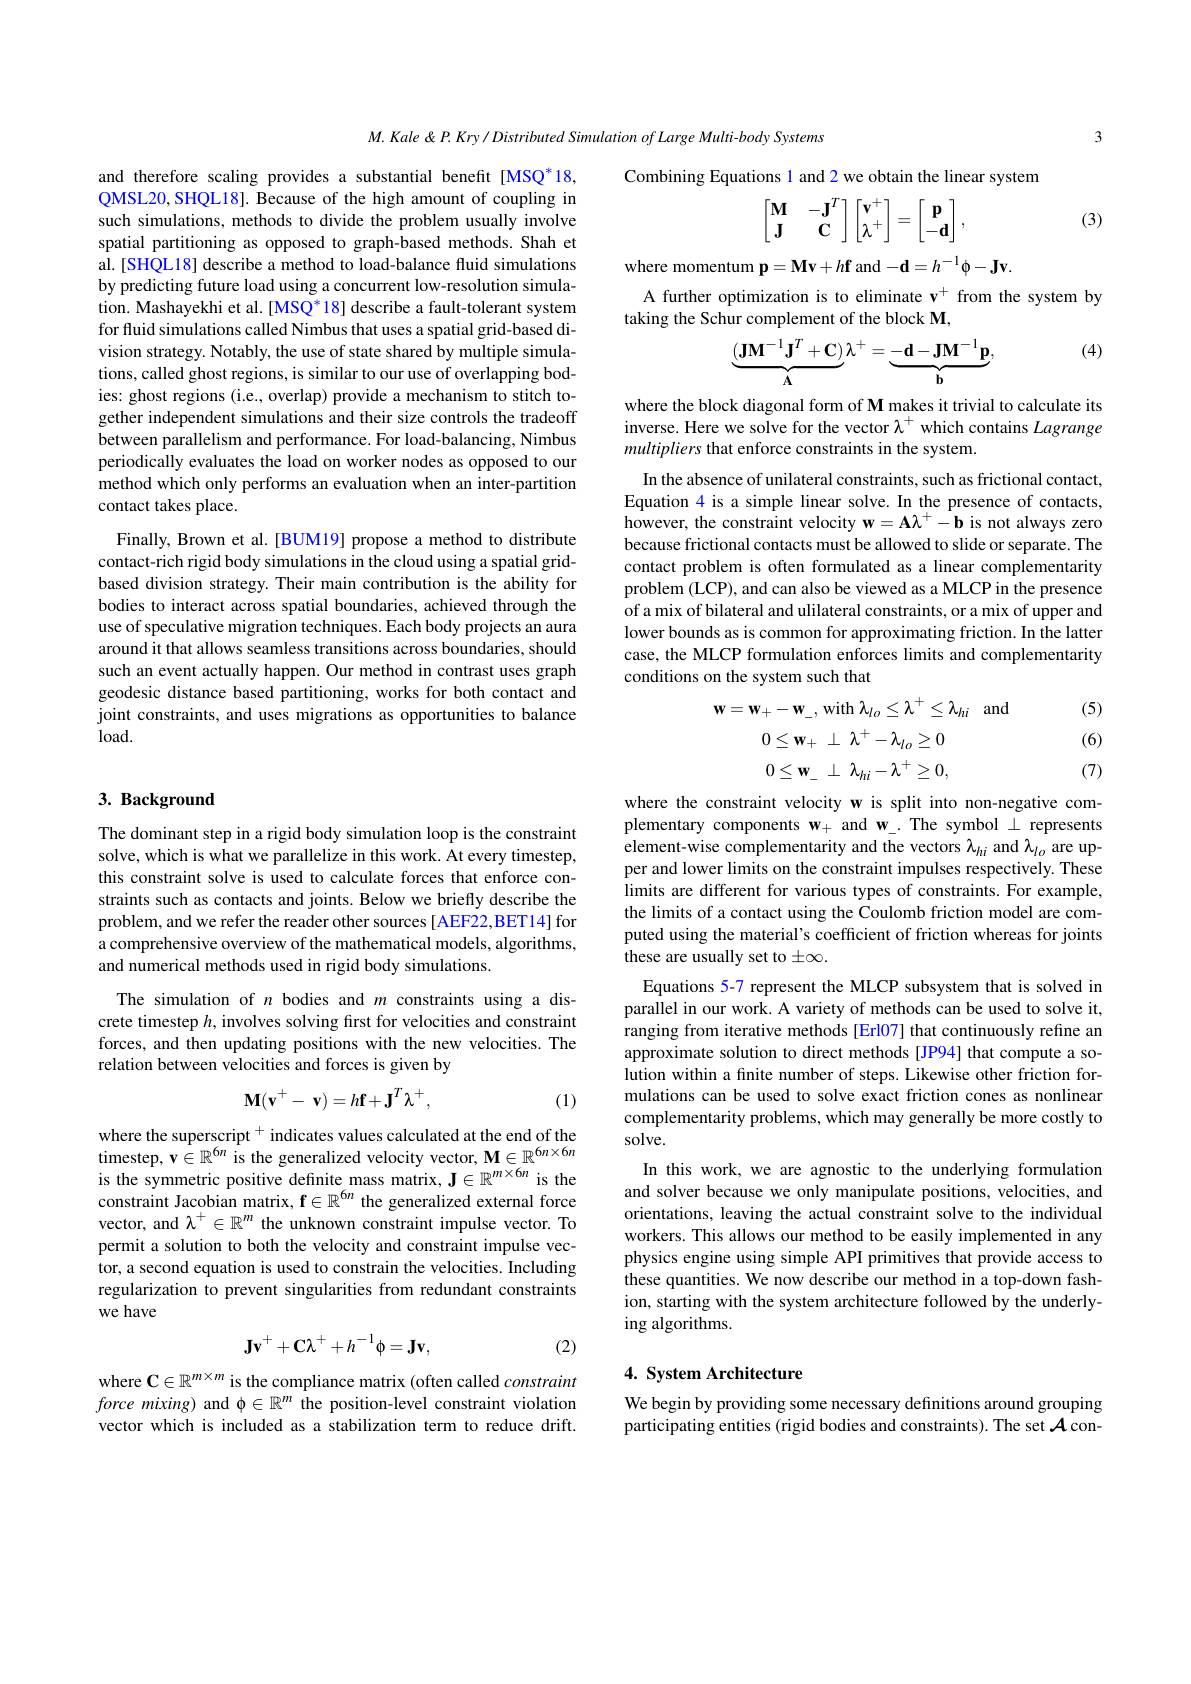
3

$M.Kale\&P.Kry/DistributedSimulationofLargeMulti-bodySystems$

Combining Equations 1 and 2 we obtain the linear system

(3)
$$\begin{bmatrix}\mathbf{M}&-\mathbf{J}^T\\\mathbf{J}&\mathbf{C}\end{bmatrix}\begin{bmatrix}\mathbf{v}^+\\\lambda^+\end{bmatrix}=\begin{bmatrix}\mathbf{p}\\-\mathbf{d}\end{bmatrix},$$
where momentum $\mathbf{p}=\mathbf{Mv}+h\mathbf{f}$ and $-\mathbf{d}=h^-1\phi-\mathbf{Jv}.$
A further optimization is to eliminate v$^{+}$ from the system by
taking the Schur complement of the block M,

and therefore scaling provides a substantial benefit[MSQ*18, QMSL20, SHQL18]. Because of the high amount of coupling in such simulations, methods to divide the problem usually involve spatial partitioning as opposed to graph-based methods. Shah et al. [SHQL18] describe a method to load-balance fluid simulations by predicting future load using a concurrent low-resolution simulation. Mashayekhi et al. [MSQ* 18] describe a fault-tolerant system for fluid simulations called Nimbus that uses a spatial grid-based division strategy. Notably, the use of state shared by multiple simulations, called ghost regions, is similar to our use of overlapping bodies: ghost regions (i.e., overlap) provide a mechanism to stitch together independent simulations and their size controls the tradeoff between parallelism and performance. For load-balancing, Nimbus periodically evaluates the load on worker nodes as opposed to our method which only performs an evaluation when an inter-partition contact takes place.

(4)
$$\underbrace{(\mathbf{JM}^{-1}\mathbf{J}^T+\mathbf{C})}_{\mathbf{A}}\lambda^+=\underbrace{-\mathbf{d}-\mathbf{JM}^{-1}\mathbf{p}}_{\mathbf{b}},$$
where the block diagonal form of M makes it trivial to calculate its inverse. Here we solve for the vector $\lambda^+$ which contains Lagrange multipliers that enforce constraints in the system.

In the absence of unilateral constraints, such as frictional contact, Equation 4 is a simple linear solve. In the presence of contacts, $\dot{\text{however, the constraint velocity }} \mathbf{w} = \mathbf{A} \mathbf{\lambda } ^{+ }- \mathbf{b}$ is not always zero because frictional contacts must be allowed to slide or separate. The contact problem is often formulated as a linear complementarity problem (LCP), and can also be viewed as a MLCP in the presence of a mix of bilateral and ulilateral constraints, or a mix of upper and lower bounds as is common for approximating friction. In the latter case, the MLCP formulation enforces limits and complementarity conditions on the system such that

Finally, Brown et al.[BUM19] propose a method to distribute contact-rich rigid body simulations in the cloud using a spatial gridbased division strategy. Their main contribution is the ability for bodies to interact across spatial boundaries, achieved through the use of speculative migration techniques. Each body projects an aura around it that allows seamless transitions across boundaries, should such an event actually happen. Our method in contrast uses graph geodesic distance based partitioning, works for both contact and joint constraints, and uses migrations as opportunities to balance $load.$

(5)

(6)
$$\mathbf{w}=\mathbf{w}_{+}-\mathbf{w}_{-},\:\mathrm{with}\:\lambda_{lo}\leq\lambda^{+}\leq\lambda_{hi}\\0\leq\mathbf{w}_{+}\perp\lambda^{+}-\lambda_{lo}\geq0\\0\leq\mathbf{w}_{-}\perp\lambda_{hi}-\lambda^{+}\geq0,$$
# 3. Background

The dominant step in a rigid body simulation loop is the constraint solve, which is what we parallelize in this work. At every timestep, this constraint solve is used to calculate forces that enforce constraints such as contacts and joints. Below we briefly describe the problem, and we refer the reader other sources [AEF22,BET14] for a comprehensive overview of the mathematical models, algorithms, and numerical methods used in rigid body simulations.

The simulation of $n$ bodies and $m$ constraints using a discrete timestep $h$, involves solving first for velocities and constraint forces, and then updating positions with the new velocities. The relation between velocities and forces is given by

(7)
where the constraint velocity w is split into non-negative complementary components $\mathbf{w}_+$ and w\_.The symbol $\bot$ represents element-wise complementarity and the vectors $\lambda_{hi}$ and $\lambda_{lo}$ are upper and lower limits on the constraint impulses respectively. These limits are different for various types of constraints. For example, the limits of a contact using the Coulomb friction model are computed using the material's coefficient of friction whereas for joints these are usually set to $\pm\infty.$
Equations 5-7 represent the MLCP subsystem that is solved in parallel in our work. A variety of methods can be used to solve it, ranging from iterative methods [Erl07] that continuously refine an approximate solution to direct methods [JP94] that compute a solution within a fnite number of steps. Likewise other friction formulations can be used to solve exact friction cones as nonlinear complementarity problems, which may generally be more costly to solve.
In this work, we are agnostic to the underlying formulation and solver because we only manipulate positions, velocities, and orientations, leaving the actual constraint solve to the individual workers. This allows our method to be easily implemented in any physics engine using simple API primitives that provide access to these quantities. We now describe our method in a top-down fashion, starting with the system architecture followed by the underlying algorithms.
$$\mathbf{M}(\mathbf{v}^{+}-\mathbf{v})=h\mathbf{f}+\mathbf{J}^{T}\lambda^{+},$$
(1)

where the superscript $^+$ indicates values calculated at the end of the timestep, v$\in\mathbb{R}^6n$ is the generalized velocity vector, M$\in\mathbb{R}^6n\times6n$ is the symmetric positive definite mass matrix, J$\in\mathbb{R}^m\times6n$ is the constraint Jacobian matrix, $\mathbf{f}\in\mathbb{R}^{6n}$ the generalized external force vector, and $\lambda^+\in\mathbb{R}^m$ the unknown constraint impulse vector. To permit a solution to both the velocity and constraint impulse vector, a second equation is used to constrain the velocities. Including regularization to prevent singularities from redundant constraints we have
$$\mathbf{J}\mathbf{v}^{+}+\mathbf{C}\lambda^{+}+h^{-1}\mathbf{\phi}=\mathbf{J}\mathbf{v},$$
(2)

# 4. System Architecture

where $\mathbf{C}\in\mathbb{R}^m\times m$ is the compliance matrix (often called constraint force mixing) and $\phi\in\mathbb{R}^m$ the position-level constraint violation vector which is included as a stabilization term to reduce drift.

We begin by providing some necessary definitions around grouping participating entities (rigid bodies and constraints). The set $\mathcal{A}$ con-